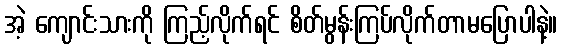
အဲ့ ကျောင်းသားကို ကြည့်လိုက်ရင် စိတ်မွန်းကြပ်လိုက်တာမပြောပါနဲ့။